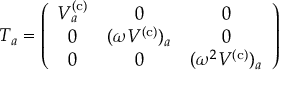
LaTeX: T _ { a } = \left( \begin{array} { c c c } { { V _ { a } ^ { ( \mathrm { c ) } } } } & { { 0 } } & { { 0 } } \\ { { 0 } } & { { ( \omega V ^ { ( \mathrm { c ) } } ) _ { a } } } & { { 0 } } \\ { { 0 } } & { { 0 } } & { { ( \omega ^ { 2 } V ^ { ( \mathrm { c ) } } ) _ { a } } } \end{array} \right)